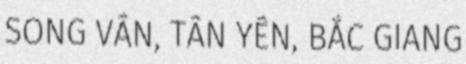
SONG VÂN, TÂN YÊN, BẮC GIANG